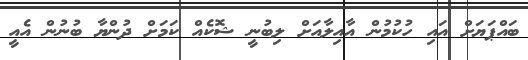
ބައްޕަޔަށް އައި ހުކުމުން އާއިލާއަށް ލިބުނީ ޝޮކެއް ކަމަށް ދުންޔާ ބުނުން އެއީ